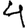
Digit: 4